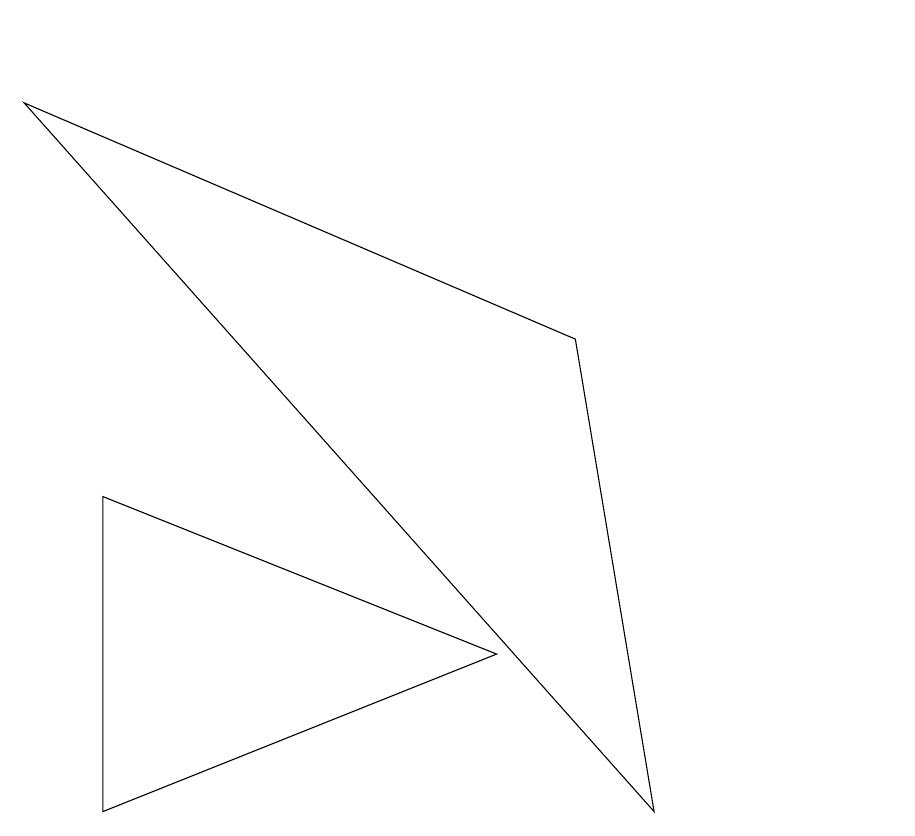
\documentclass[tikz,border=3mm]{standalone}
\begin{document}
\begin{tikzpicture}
\draw (8,6) -- (1,9) -- (9,0) -- cycle;
\draw (7,2) -- (2,4) -- (2,0) -- cycle;
\draw (12,10) circle (0);
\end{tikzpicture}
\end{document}